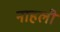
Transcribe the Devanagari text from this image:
नाहली